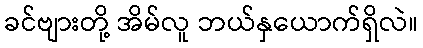
ခင်ဗျားတို့ အိမ်လူ ဘယ်နှယောက်ရှိလဲ။